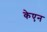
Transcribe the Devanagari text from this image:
केएन